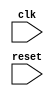
module top_module (
  input wire clk,
  input wire reset,
  // define inputs and outputs here
);

// Define sub-modules for each state block
// Include inputs and outputs as needed for each block

// Define state machine logic

endmodule